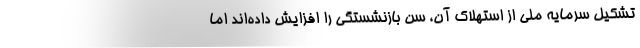
تشکیل سرمایه ملی از استهلاک آن، سن بازنشستگی را افزایش داده‌اند اما